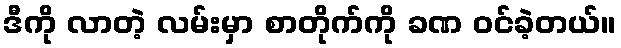
ဒီကို လာတဲ့ လမ်းမှာ စာတိုက်ကို ခဏ ဝင်ခဲ့တယ်။